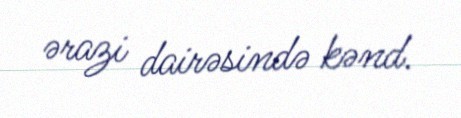
ərazi dairəsində kənd.